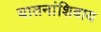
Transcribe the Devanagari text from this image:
यातनांशिवाय